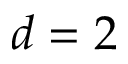
d = 2